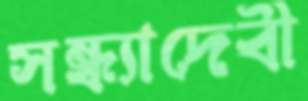
সন্ধ্যাদেবী